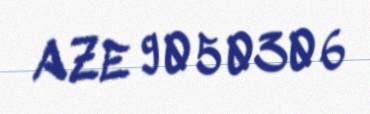
AZE 9050306